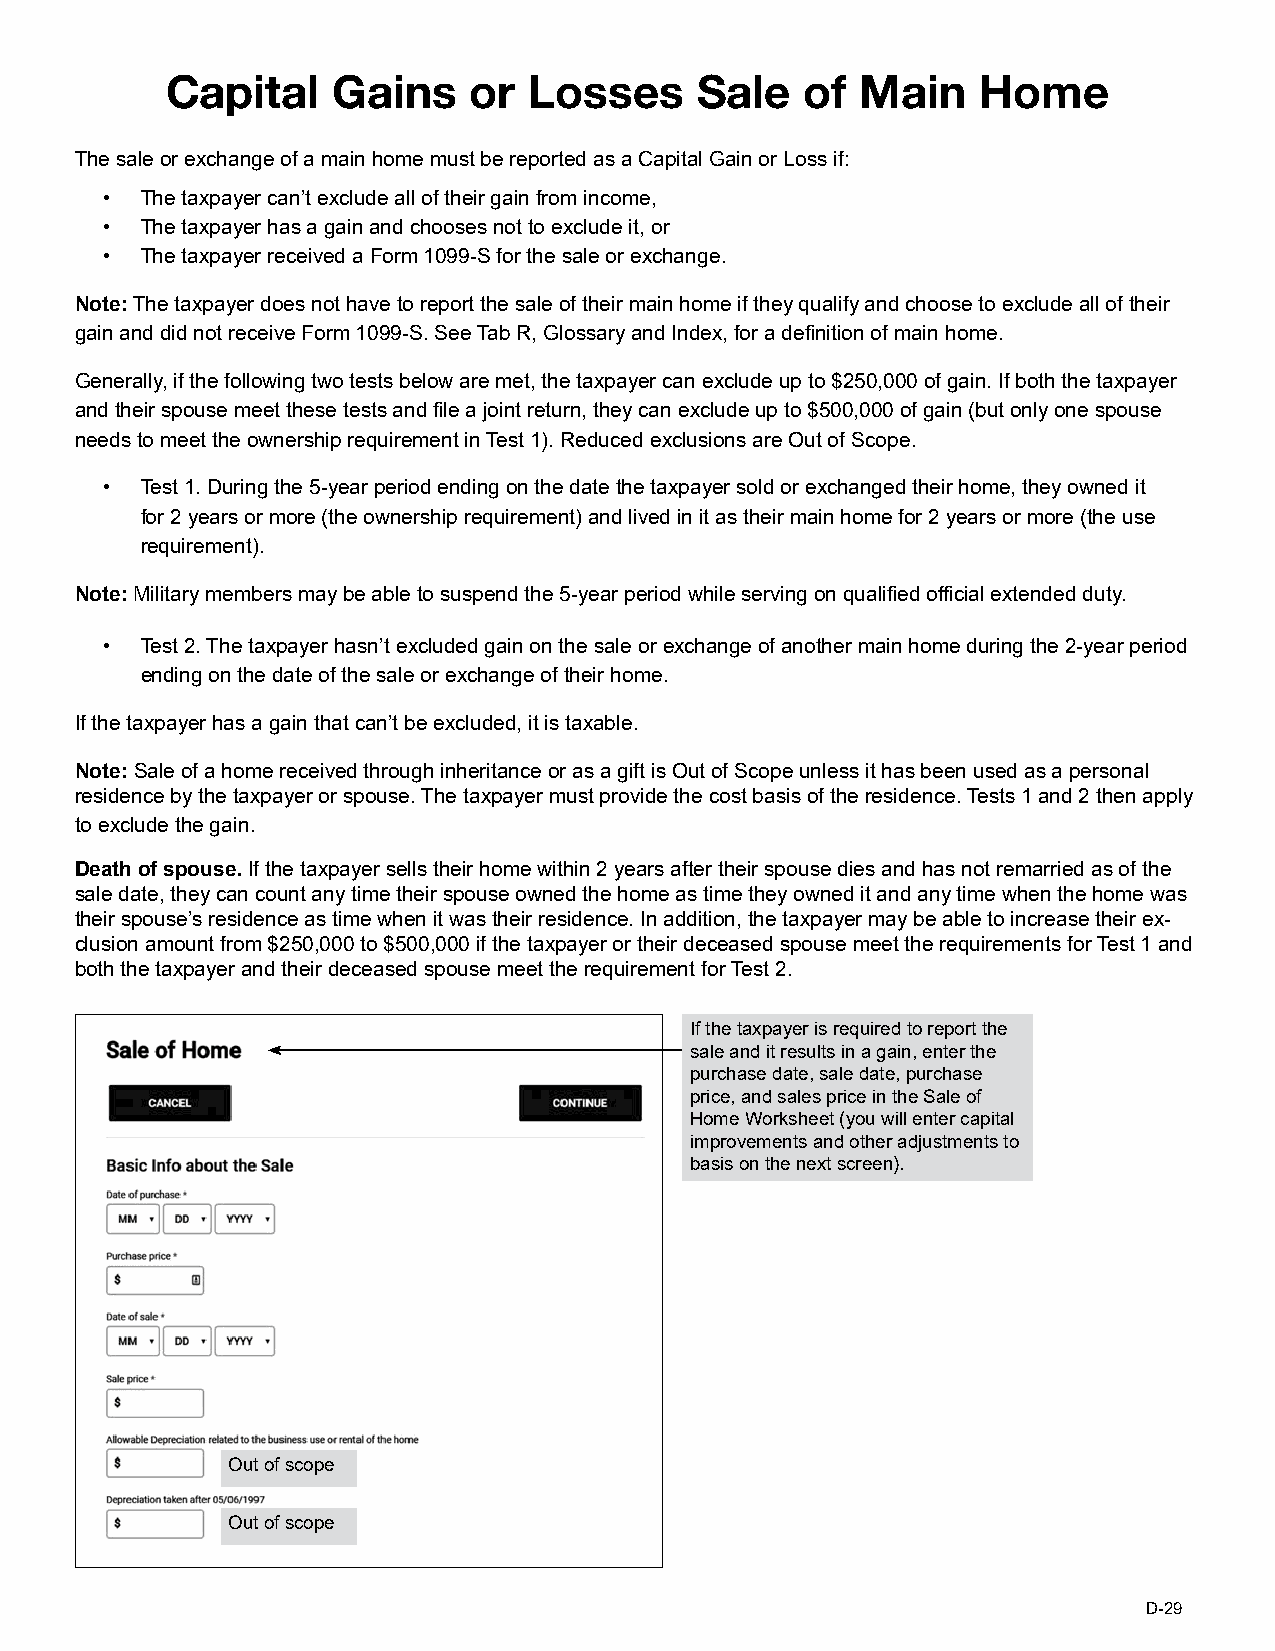
Capital    Gains    or  Losses     Sale   of  Main    Home
 The sale or exchange of a main home must be reported as a Capital Gain or Loss if:
 • The taxpayer can’t exclude all of their gain from income,
 • The taxpayer has a gain and chooses not to exclude it, or
 • The taxpayer received a Form 1099-S for the sale or exchange.
 Note: The taxpayer does not have to report the sale of their main home if they qualify and choose to exclude all of their
 gain and did not receive Form 1099-S. See Tab R, Glossary and Index, for a definition of main home.
 Generally, if the following two tests below are met, the taxpayer can exclude up to $250,000 of gain. If both the taxpayer
 and their spouse meet these tests and file a joint return, they can exclude up to $500,000 of gain (but only one spouse
 needs to meet the ownership requirement in Test 1). Reduced exclusions are Out of Scope.
 • Test 1. During the 5-year period ending on the date the taxpayer sold or exchanged their home, they owned it
 for 2 years or more (the ownership requirement) and lived in it as their main home for 2 years or more (the use
 requirement).
 Note: Military members may be able to suspend the 5-year period while serving on qualified official extended duty.
 • Test 2. The taxpayer hasn’t excluded gain on the sale or exchange of another main home during the 2-year period
 ending on the date of the sale or exchange of their home.
 If the taxpayer has a gain that can’t be excluded, it is taxable.
 Note: Sale of a home received through inheritance or as a gift is Out of Scope unless it has been used as a personal
 residence by the taxpayer or spouse. The taxpayer must provide the cost basis of the residence. Tests 1 and 2 then apply
 to exclude the gain.
 Death of spouse. If the taxpayer sells their home within 2 years after their spouse dies and has not remarried as of the
 sale date, they can count any time their spouse owned the home as time they owned it and any time when the home was
 their spouse’s residence as time when it was their residence. In addition, the taxpayer may be able to increase their ex-
 clusion amount from $250,000 to $500,000 if the taxpayer or their deceased spouse meet the requirements for Test 1 and
 both the taxpayer and their deceased spouse meet the requirement for Test 2.
 If the taxpayer is required to report the
 sale and it results in a gain, enter the
 purchase date, sale date, purchase
 price, and sales price in the Sale of
 Home Worksheet (you will enter capital
 improvements and other adjustments to
 basis on the next screen).
 Out of scope
 Out of scope
 D-29